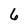
Character: 6